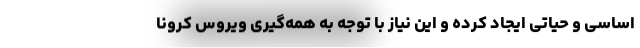
اساسی و حیاتی ایجاد کرده و این نیاز با توجه به همه‌گیری ویروس کرونا